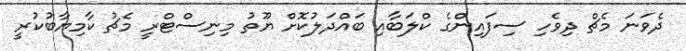
ދެވަނަ މެޗް ދިވެހި ސިފައިންގެ ކްލަބާއި ބައްދަލުކޮށް ޔޫތު މިނިސްޓްރީ މެޗު ކާމިޔާބުކުރީ